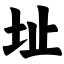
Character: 址